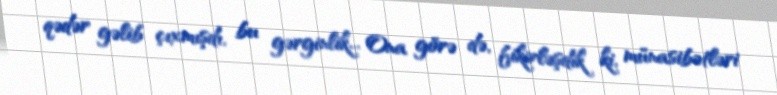
qədər gəlib çıxmışdı, bu gərginlik... Ona görə də, fikirləşdik ki, münasibətləri